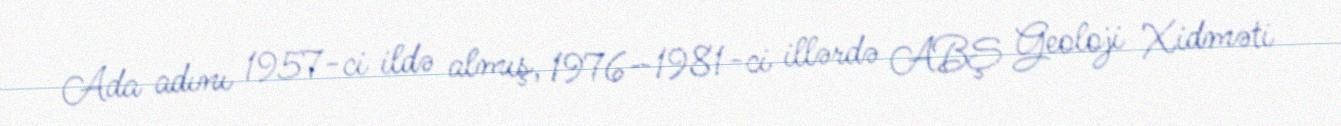
Ada adını 1957-ci ildə almış, 1976–1981-ci illərdə ABŞ Geoloji Xidməti